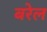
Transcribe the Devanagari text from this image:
बरेल